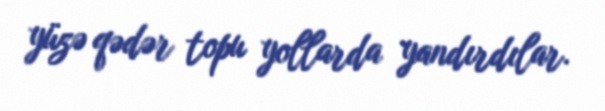
yüzə qədər topu yollarda yandırdılar.